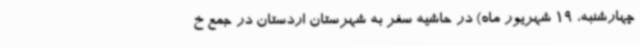
چهارشنبه، 19 شهریور ماه) در حاشیه سفر به شهرستان اردستان در جمع خ